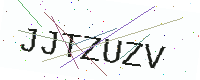
Text: JJTZUZV